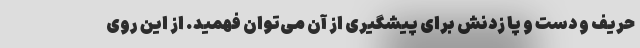
حریف و دست و پا زدنش برای پیشگیری از آن می‌توان فهمید. از این روی